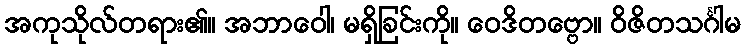
အကုသိုလ်တရား၏။ အဘာဝေါ၊ မရှိခြင်းကို။ ဝေဒိတဗ္ဗော။ ဝိဇိတသင်္ဂါမ